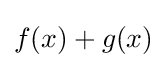
f(x)+g(x)